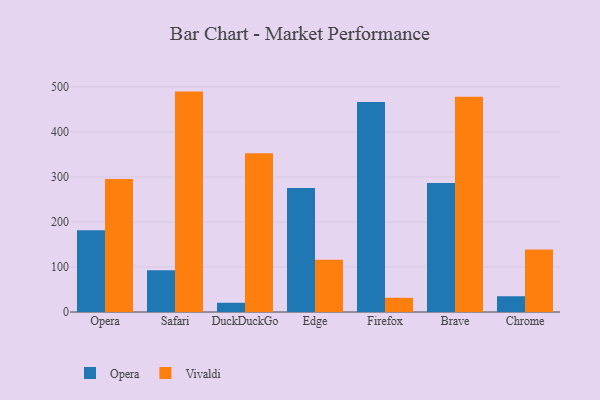
{"axis": {"x": "Browser", "y": "Net Income (USD K)"}, "legend": ["Opera", "Vivaldi"], "data": [{"x": "Opera", "y": 181.5, "type": "Opera"}, {"x": "Opera", "y": 295.2, "type": "Vivaldi"}, {"x": "Safari", "y": 92.6, "type": "Opera"}, {"x": "Safari", "y": 489.6, "type": "Vivaldi"}, {"x": "DuckDuckGo", "y": 20.5, "type": "Opera"}, {"x": "DuckDuckGo", "y": 352.9, "type": "Vivaldi"}, {"x": "Edge", "y": 275.7, "type": "Opera"}, {"x": "Edge", "y": 116.2, "type": "Vivaldi"}, {"x": "Firefox", "y": 466.5, "type": "Opera"}, {"x": "Firefox", "y": 31.6, "type": "Vivaldi"}, {"x": "Brave", "y": 286.6, "type": "Opera"}, {"x": "Brave", "y": 478.3, "type": "Vivaldi"}, {"x": "Chrome", "y": 35.0, "type": "Opera"}, {"x": "Chrome", "y": 139.0, "type": "Vivaldi"}]}